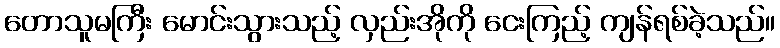
တောသူမကြီး မောင်းသွားသည့် လှည်းအိုကို ငေးကြည့် ကျန်ရစ်ခဲ့သည်။